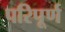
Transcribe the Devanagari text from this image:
परिपूर्ण